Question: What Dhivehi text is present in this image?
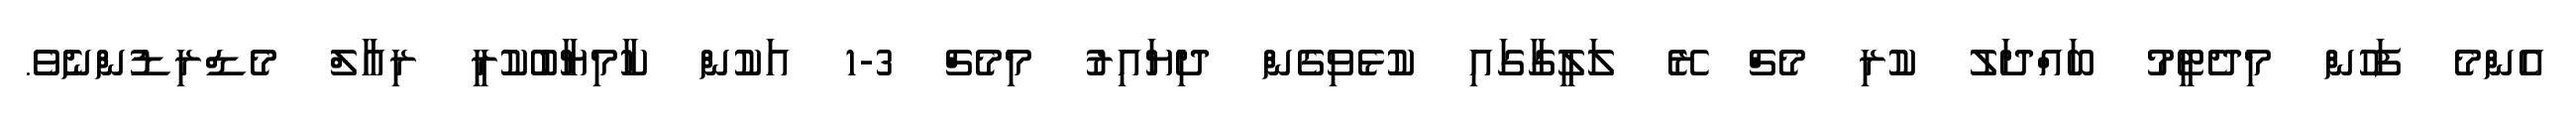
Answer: އެންމެ ފަހުން މިދެޓީމު ބައްދަލު ކުރި މެޗް ރޭ ލަލީގާގައި ކުޅެވިގެން ދިޔައިރު މިމެޗް 3-1 އަކުން ކާމިޔާބުކުރީ ރިއާލް މެޑްރިޑުންނެވެ.